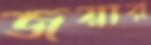
জয়ার